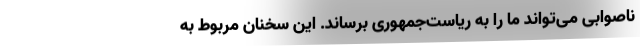
ناصوابی می‌تواند ما را به ریاست‌جمهوری برساند. این سخنان مربوط به